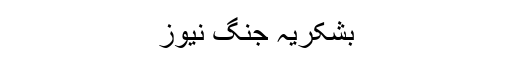
بشکریہ جنگ نیوز